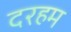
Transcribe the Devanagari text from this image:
दरहम